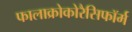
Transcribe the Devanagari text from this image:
फालाक्रोकोरैसिफॉर्म